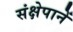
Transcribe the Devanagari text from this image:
संक्षेपानें